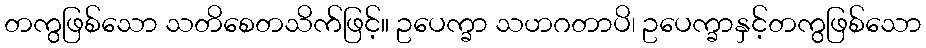
တကွဖြစ်သော သတိစေတသိက်ဖြင့်။ ဥပေက္ခာ သဟဂတာပိ၊ ဥပေက္ခာနှင့်တကွဖြစ်သော